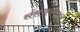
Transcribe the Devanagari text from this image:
संसजनवाद